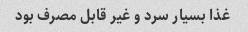
غذا بسیار سرد و غیر قابل مصرف بود